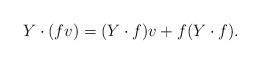
LaTeX: \begin{align*}Y\cdot(fv)=(Y\cdot f)v+ f(Y\cdot f). \end{align*}